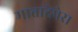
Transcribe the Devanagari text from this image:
मातादेपेरा